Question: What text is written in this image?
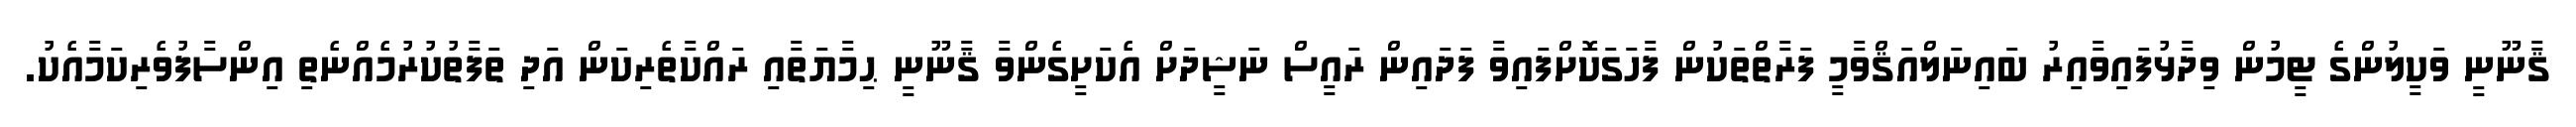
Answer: ޤާނޫނީ ވަކީލުންގެ ޓީމުން ވިދާޅުފައިވާއިރު ބައިނަލްއަޤްވާމީ ފަރާތްތަކުން ފާހަގަކޮށްފައިވާ ފަދައިން ރައީސް ނަޝީދަށް އެކަށީގެންވާ ޤާނޫނީ ޙިމާޔަތާއި ރައްކާތެރިކަން އަދި ތަފާތުކުރުމެއްނެތި އިންސާފުވެރިކަމާއެކު.